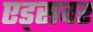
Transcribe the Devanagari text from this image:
एड्‌सवर